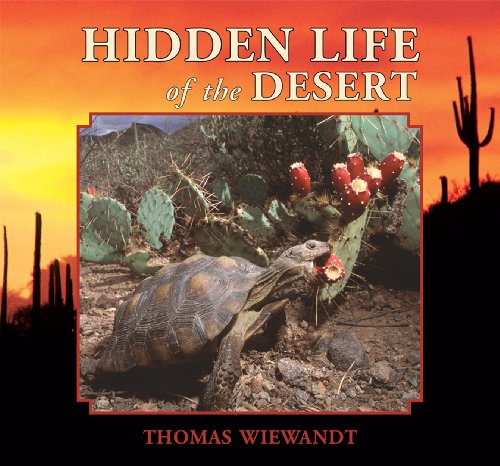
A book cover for Hidden Life of the Desert; Thomas Wiewandt; Teen & Young Adult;